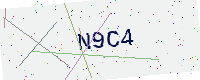
Text: N9C4